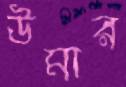
উমার